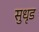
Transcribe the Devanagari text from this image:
सुधृड